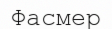
Фасмер